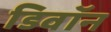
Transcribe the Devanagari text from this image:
डिवॉन